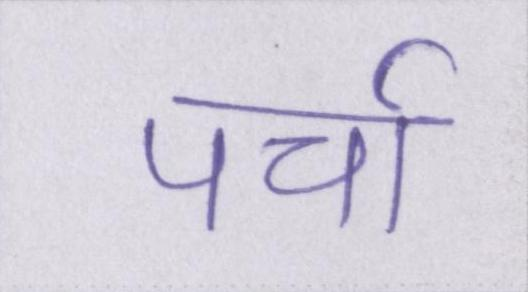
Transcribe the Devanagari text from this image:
पर्चा